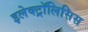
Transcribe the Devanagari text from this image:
इलेक्ट्रॉलिसिस